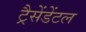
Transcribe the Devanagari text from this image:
ट्रैसेंडेंटल